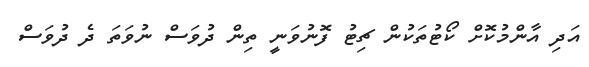
އަދި އާންމުކޮށް ކޯޓުތަކުން ޗިޓު ފޮނުވަނީ ތިން ދުވަސް ނުވަތަ ދެ ދުވަސް